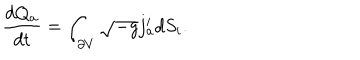
{ \frac { d Q _ { a } } { d t } } = \int _ { \partial V } \sqrt { - g } j _ { a } ^ { i } d S _ { i } .